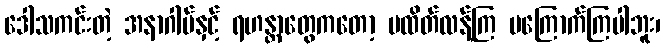
ဒေါသကင်းတဲ့ အနာဂါမ်နှင့် ရဟန္တာတွေကတော့ မထိတ်လန့်ကြ မကြောက်ကြပါဘူး၊